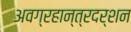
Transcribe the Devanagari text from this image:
अवग्रहान्त्रदर्शन